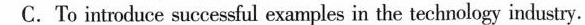
C.To introducesuccessful exanples in the technology industry.